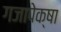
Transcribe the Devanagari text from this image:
गजापेक्षा